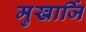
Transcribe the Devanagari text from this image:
मुखार्जि